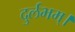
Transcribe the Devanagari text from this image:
दुर्लभम्।